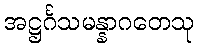
အဋ္ဌင်္ဂသမန္နာဂတေသု